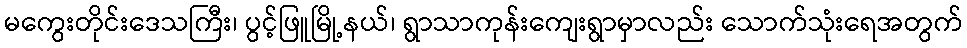
မကွေးတိုင်းဒေသကြီး၊ ပွင့်ဖြူမြို့နယ်၊ ရွာသာကုန်းကျေးရွာမှာလည်း သောက်သုံးရေအတွက်